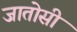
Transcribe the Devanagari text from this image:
जातोसी